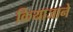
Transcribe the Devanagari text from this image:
कियाजाने